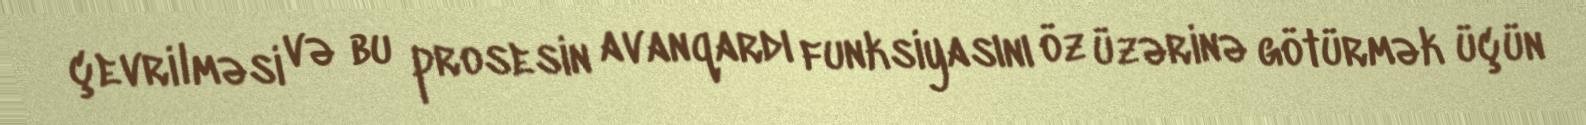
çevrilməsi və bu prosesin avanqardı funksiyasını öz üzərinə götürmək üçün